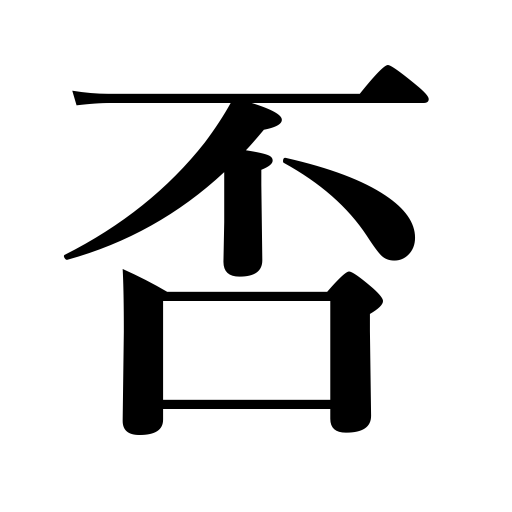
Meanings: no,nay,noes